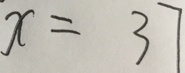
x = 3 7